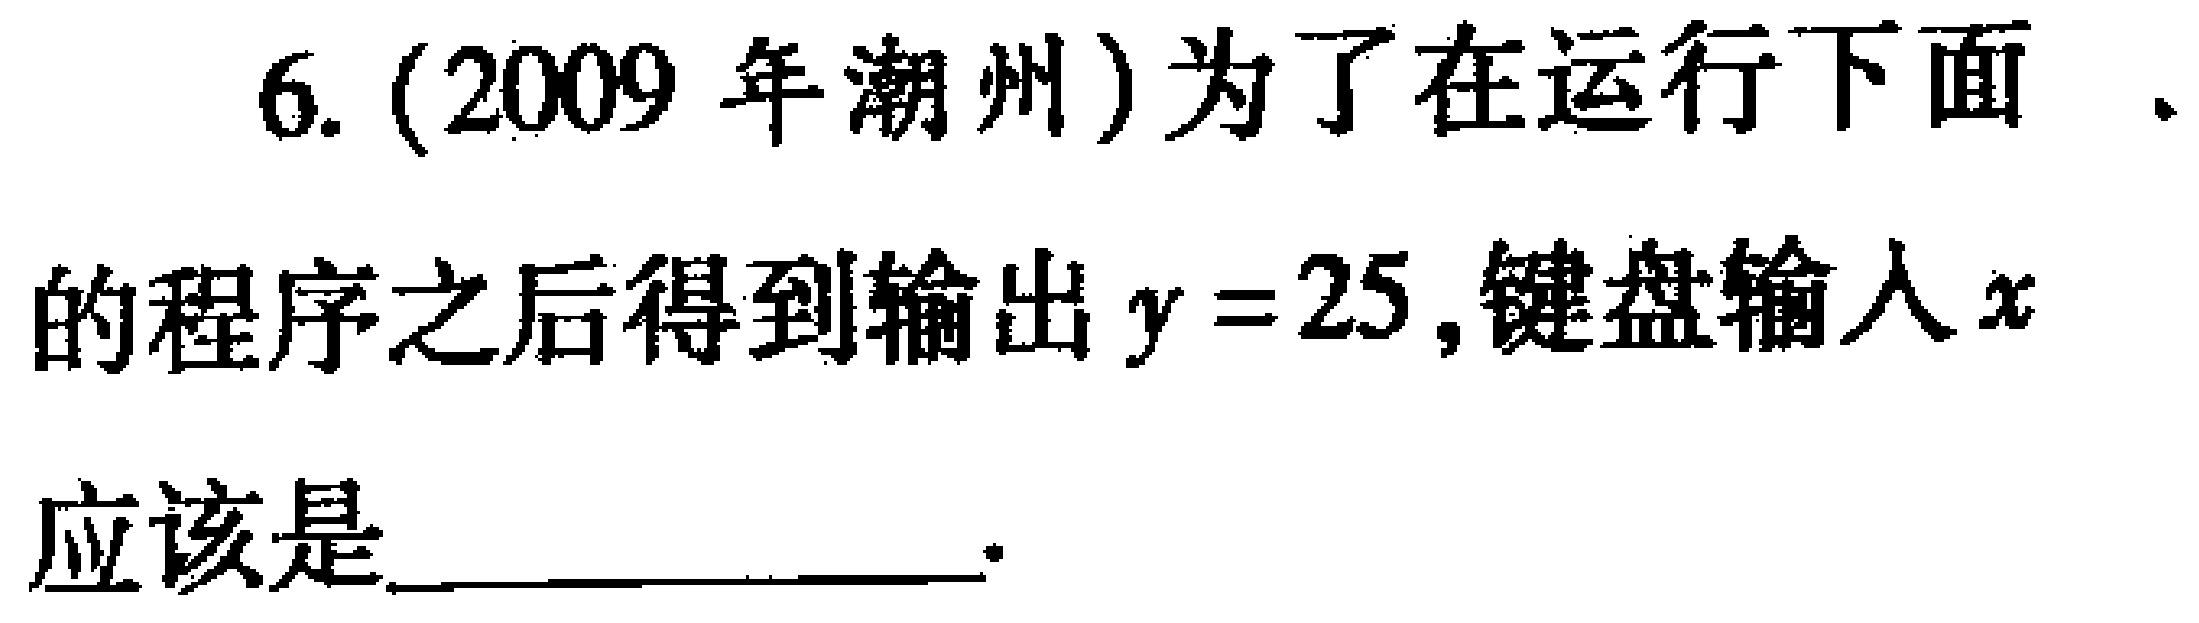
6. (2009 年潮州) 为了在运行下面 、

的程序之后得到输出$y = 25$,键盘输入$x$

应该是________________.